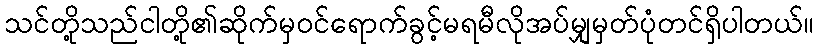
သင်တို့သည်ငါတို့၏ဆိုက်မှဝင်ရောက်ခွင့်မရမီလိုအပ်မျှမှတ်ပုံတင်ရှိပါတယ်။